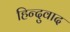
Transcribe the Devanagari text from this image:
हिन्दुवाद